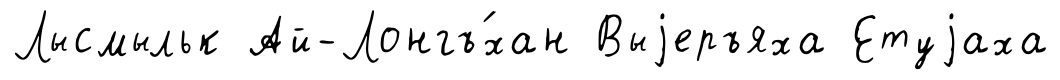
Лысмыльк Ай-Лонгъ́хан Выjеръяха Етуjаха